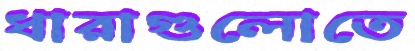
ধারাগুলোতে